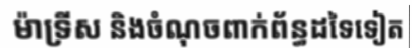
ម៉ាទ្រីស និងចំណុចពាក់ព័ន្ធដទៃទៀត